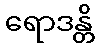
ရောဒန္တိ